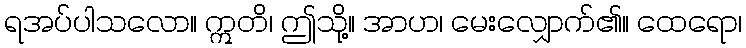
ရအပ်ပါသလော။ ဣတိ၊ ဤသို့။ အာဟ၊ မေးလျှောက်၏။ ထေရော၊